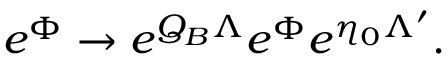
e ^ { \Phi } \to e ^ { Q _ { B } \Lambda } e ^ { \Phi } e ^ { \eta _ { 0 } \Lambda ^ { \prime } } .